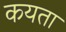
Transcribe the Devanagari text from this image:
कयता